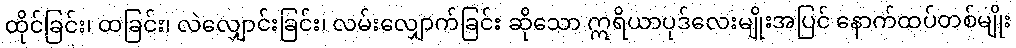
ထိုင်ခြင်း၊ ထခြင်း၊ လဲလျှောင်းခြင်း၊ လမ်းလျှောက်ခြင်း ဆိုသော ဣရိယာပုဒ်လေးမျိုးအပြင် နောက်ထပ်တစ်မျိုး